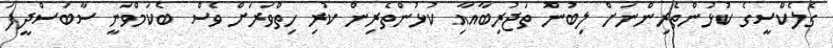
ގެލެކްސީގެ ކުޅުންތެރިންނަށް ލިބުނު ތަޖުރިބާއާއި ކުޅުންތެރިން ކުރި ހިތްވަރަށް ވެސް ބެކަމްވަނީ ސާބަސްދީފަ